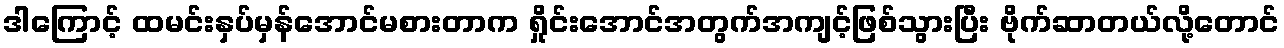
ဒါကြောင့် ထမင်းနှပ်မှန်အောင်မစားတာက ရှိုင်းအောင်အတွက်အကျင့်ဖြစ်သွားပြီး ဗိုက်ဆာတယ်လို့တောင်